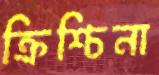
ক্রিশ্চিনা